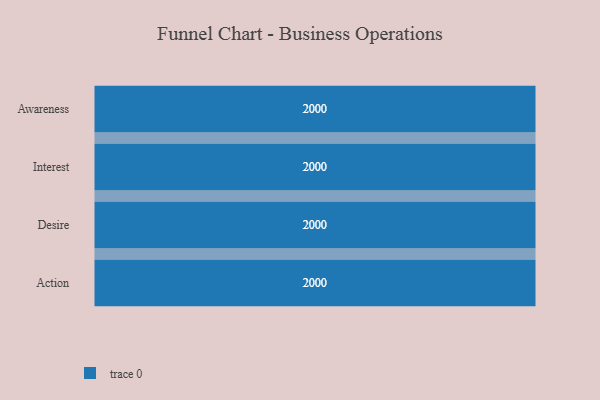
{"axis": {"x": "Stage", "y": "Value"}, "legend": [""], "data": [{"x": "Awareness", "y": 2000, "type": ""}, {"x": "Interest", "y": 2000, "type": ""}, {"x": "Desire", "y": 2000, "type": ""}, {"x": "Action", "y": 2000, "type": ""}]}